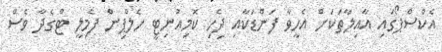
އެކްސްޕޯގައި އާއިލާތަކަށް އެހީވާ ފަންޑަކާއި ދިެހި ކޮމިއުނިޓީ ހެލްޕިން ފެމިލީ ޓްގެދާ ވެސް